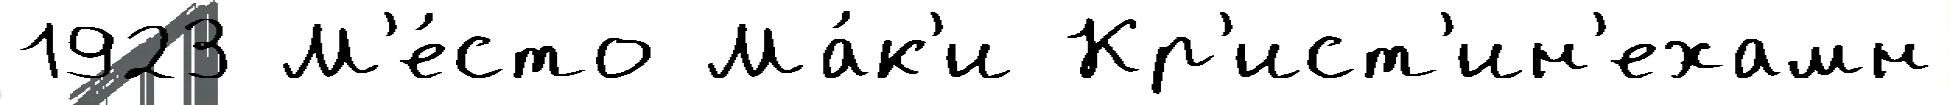
1923 М'е́сто Ма́к'и Кр'ист'ин'ехамн